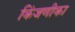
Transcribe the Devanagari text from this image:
किंजणीका